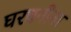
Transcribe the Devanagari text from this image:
घरधनीना